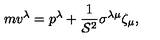
m v ^ { \lambda } = p ^ { \lambda } + \frac { 1 } { { \cal S } ^ { 2 } } \sigma ^ { \lambda \mu } \zeta _ { \mu } ,